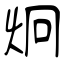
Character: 炯